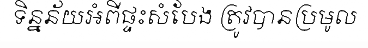
ទិន្នន័យអំពីផ្ទះសំបែង ត្រូវបានប្រមូល